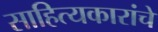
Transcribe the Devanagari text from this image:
साहित्यकारांचे